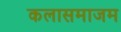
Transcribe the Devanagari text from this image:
कलासमाजम